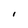
Character: I